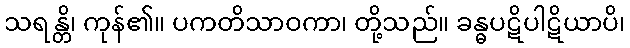
သရန္တိ၊ ကုန်၏။ ပကတိသာဝကာ၊ တို့သည်။ ခန္ဓပဋိပါဋိယာပိ၊